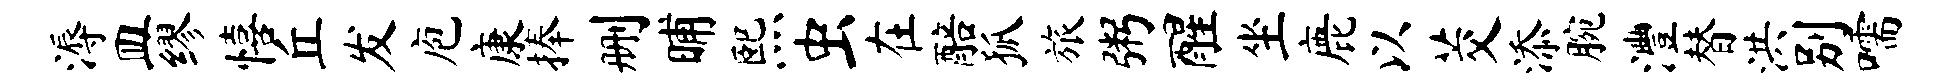
溽皿缪僖丘发庖康捧删晡熙虫在醅狐旅粥醒坐鹿以茭添腕澧替洪别嚅